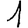
Digit: 1